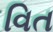
વિત